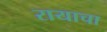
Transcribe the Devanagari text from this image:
रायाचा